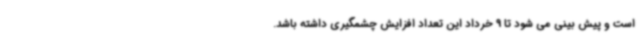
است و پیش بینی می شود تا 9 خرداد این تعداد افزایش چشمگیری داشته باشد.